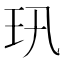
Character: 𤣲